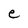
Character: e